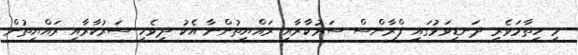
މި ހިތާމަވެރި ދަނޑިވަޅުގައި ފްރާންސް ސަރުކާރާއި ރައްޔިތުންނާ އެކު ދިވެހި ސަރުކާރާއި ރައްޔިތުން